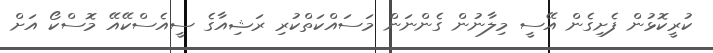
ކުރީކޮޅުން ފެށިގެން އޭސީ މިލާނުން ގެންނަން މަސައްކަތްކުރި ރަޝިއާގެ ސީއެސްކޭއޭ މޮސްކޯ އަށް